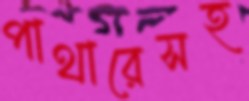
পাথারেসহ